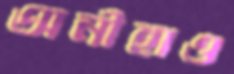
অনীহাও